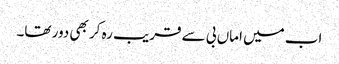
اب میں اماں بی سے قریب رہ کر بھی دور تھا۔